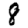
Digit: 8